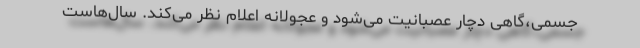
جسمی،گاهی دچار عصبانیت می‌شود و عجولانه اعلام نظر می‌کند. سال‌هاست